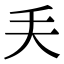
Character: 𠂕